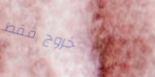
خروج فقط